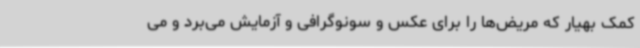
کمک بهیار که مریض‌ها را برای عکس و سونوگرافی و آزمایش می‌برد و می